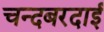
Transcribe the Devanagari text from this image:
चन्दबरदाई